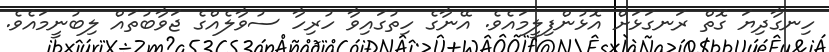
ހިނގާދިޔަ ގޮތް ރަނގަޅަށް އޮޅުންފިލީމައެވެ. އޭނާގެ ހިތުގައިވާ ހުރިހާ ސުވާލެއްގެ ޖަވާބުތައް ލިބުނީމައެވެ.